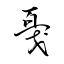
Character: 戞